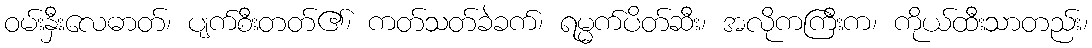
ဝမ်းနှီးလေဓာတ်၊ ပျက်စီးတတ်၏၊ ကတ်သတ်ခဲခက်၊ ရမ္မက်ပိတ်ဆီး၊ အလိုကကြီးက၊ ကိုယ်ထီးသာတည်း၊